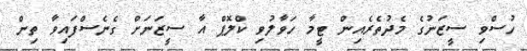
ހުސްވި ސީޒަނުގެ މެދުތެރެއިން ޓީމާ ހަވާލުވި ކްލޮޕް އާ ސީޒަނަށް ގެނެސްފައިވާ ތިން